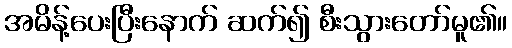
အမိန့်ပေးပြီးနောက် ဆက်၍ စီးသွားတော်မူ၏။